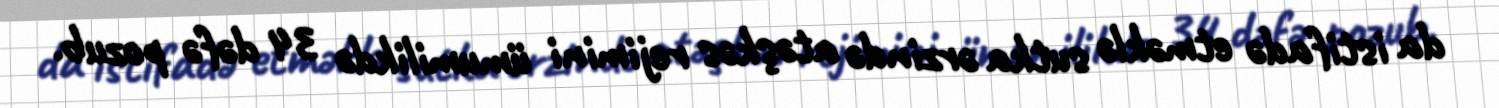
da istifadə etməklə sutka ərzində atəşkəs rejimini ümumilikdə 34 dəfə pozub.